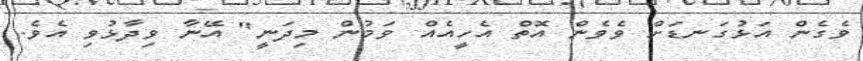
ވެެގެން އަޅުގަނޑަށް ވެވެން އޮތް އެހީއެއް ވަމުން މިދަނީ" އޭނާ ވިދާޅުވި އެވެ.